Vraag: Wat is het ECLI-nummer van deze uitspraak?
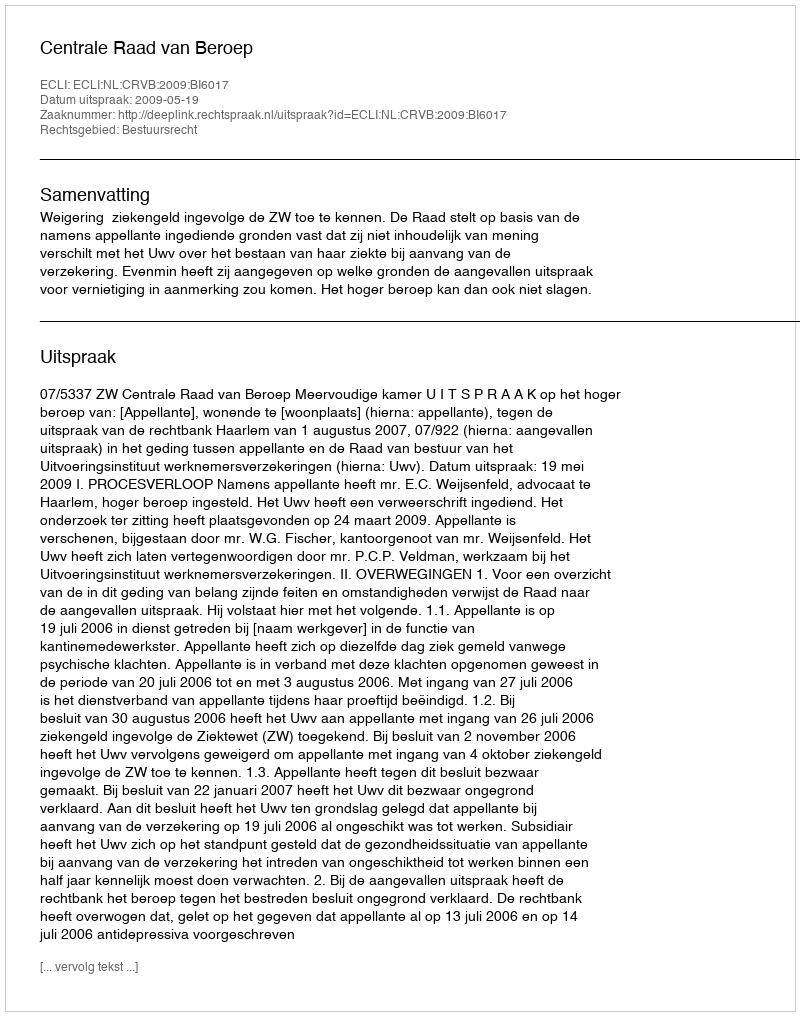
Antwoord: ECLI:NL:CRVB:2009:BI6017